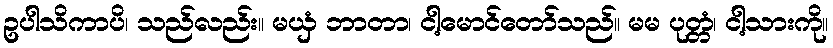
ဥပါသိကာပိ၊ သည်လည်း။ မယှံ ဘာတာ၊ ငါ့မောင်တော်သည်။ မမ ပုတ္တံ၊ ငါ့သားကို။